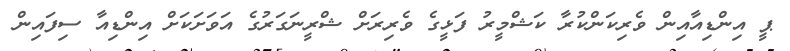
ޕީ އިންޑިއާއިން ވެރިކަންކުރާ ކަޝްމީރު ފަޅީގެ ވެރިރަށް ޝްރީނަގަރުގެ އަވަށަކަށް އިންޑިއާ ސިފައިން